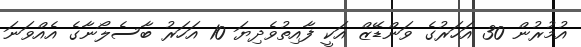
އުމުރުން 30 އަހަރުގެ ވަންޑޭޒް އަކީ ފާއިތުވެދިޔަ 10 އަހަރު ބާސެލޯނާގެ އެއްވަނަ